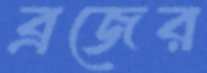
ব্রজের